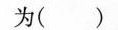
为( )